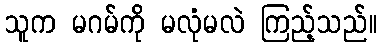
သူက မဂမ်ကို မလုံမလဲ ကြည့်သည်။